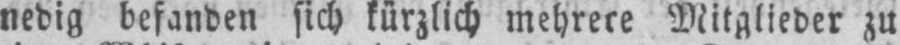
nedig befanden sich kürzlich mehrere Mitglieder zu